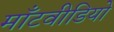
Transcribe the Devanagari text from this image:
माँटवीडियो